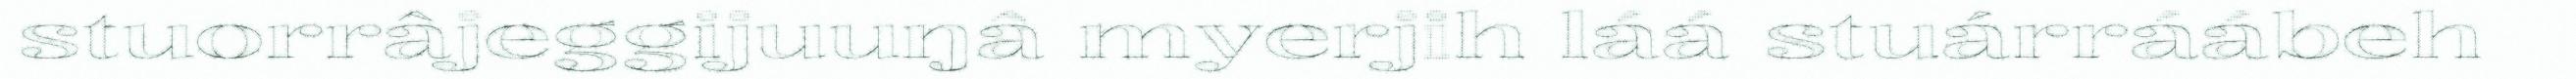
stuorrâjeggijuuŋâ myerjih láá stuárráábeh